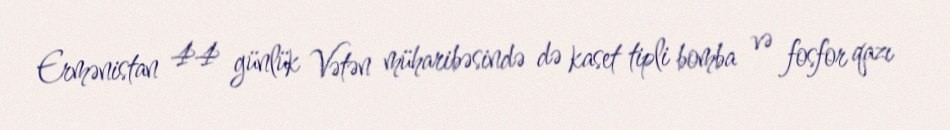
Ermənistan 44 günlük Vətən müharibəsində də kaset tipli bomba və fosfor qazı